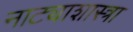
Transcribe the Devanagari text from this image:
नाट्याशास्त्रा